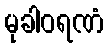
မုခါဝရဏံ